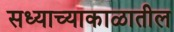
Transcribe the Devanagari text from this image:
सध्याच्याकाळातील